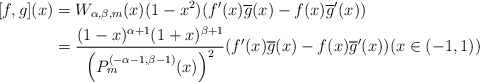
\begin{align*}[f,g](x)&=W_{\alpha,\beta, m}(x)(1-x^2)(f'(x)\overline{g}(x)-f(x)\overline{g}'(x)) \\&=\frac{(1-x)^{\alpha+1}(1+x)^{\beta+1}}{\left(P_m^{(-\alpha-1,\beta-1)}(x)\right)^2}(f'(x)\overline{g}(x)-f(x)\overline{g}'(x)) (x\in (-1,1))\,\end{align*}